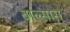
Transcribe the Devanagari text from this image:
बाल्सास